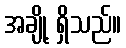
အချို့ ရှိသည်။